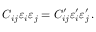
C _ { i j } \varepsilon _ { i } \varepsilon _ { j } = C _ { i j } ^ { \prime } \varepsilon _ { i } ^ { \prime } \varepsilon _ { j } ^ { \prime } \, .